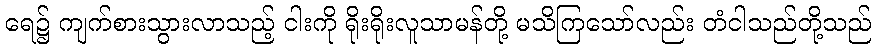
ရေ၌ ကျက်စားသွားလာသည့် ငါးကို ရိုးရိုးလူသာမန်တို့ မသိကြသော်လည်း တံငါသည်တို့သည်